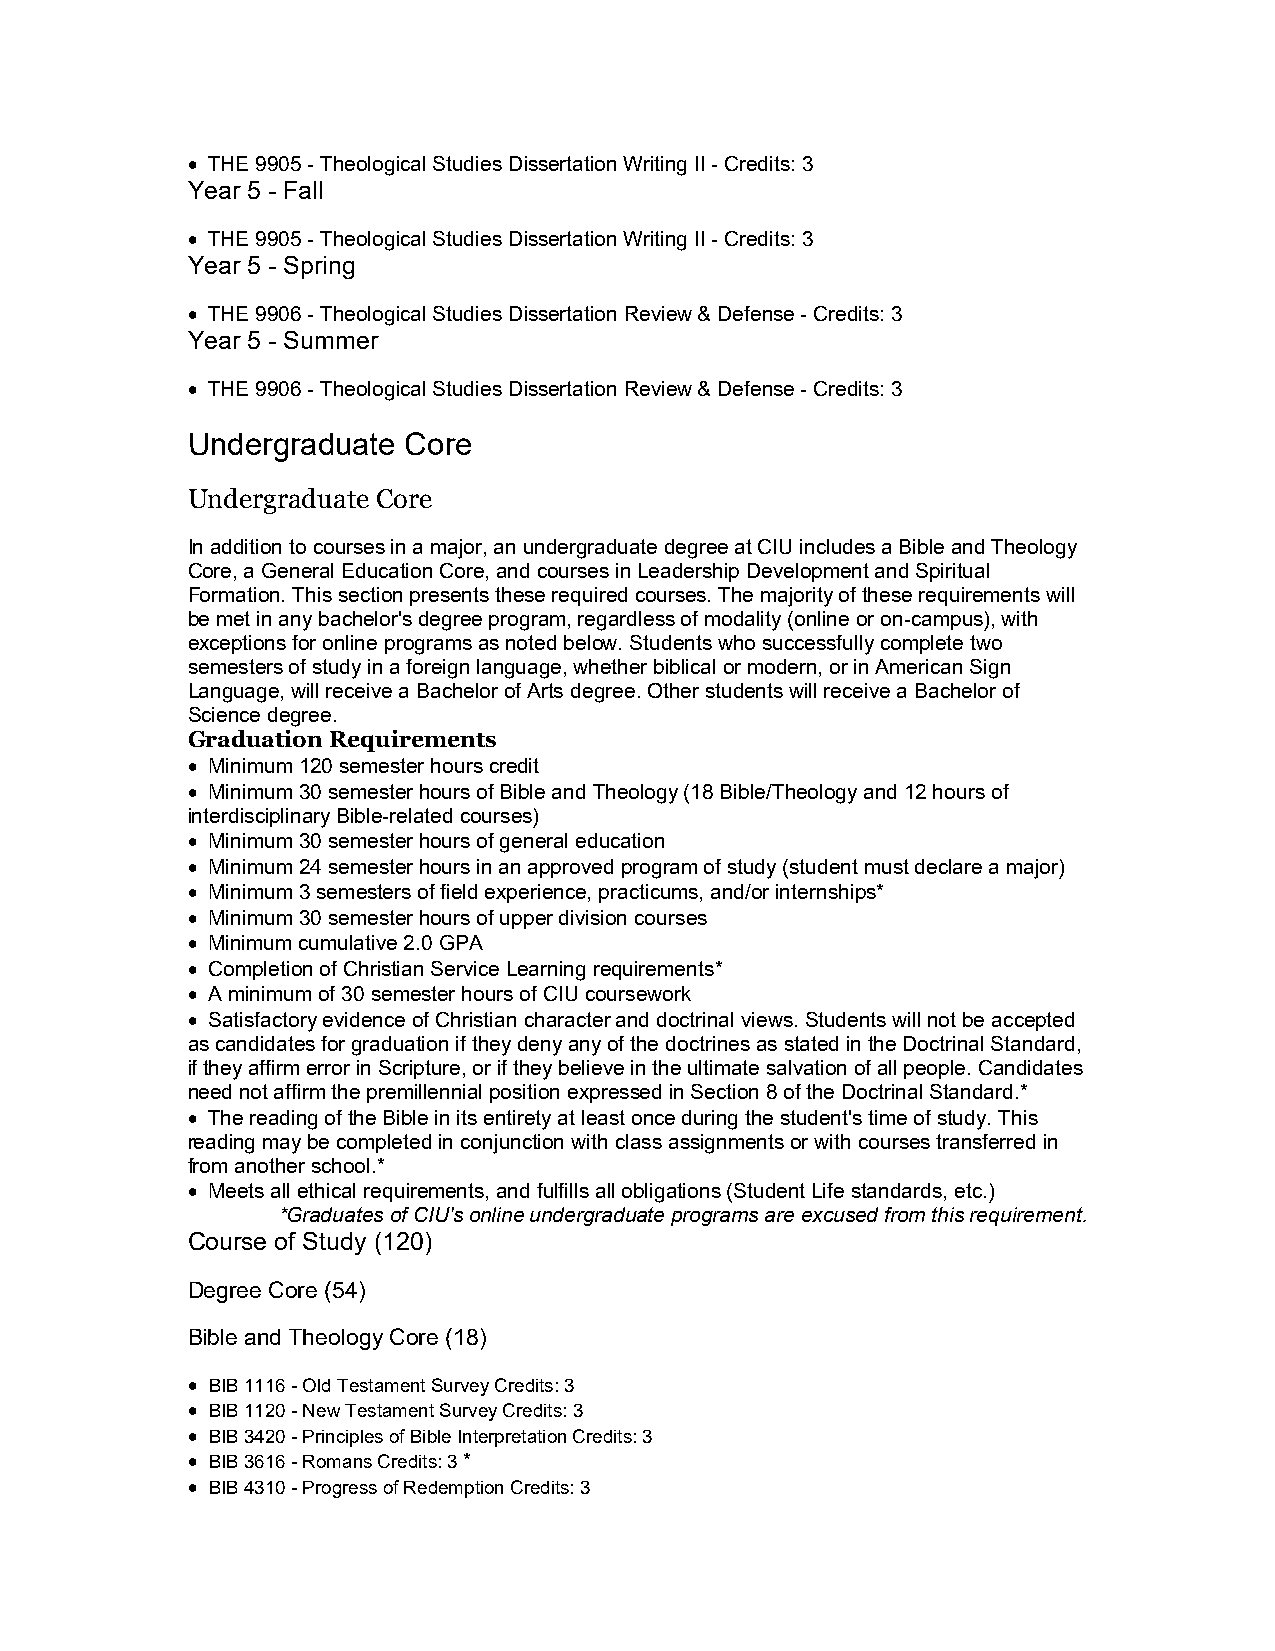
 THE 9905 - Theological Studies Dissertation Writing II - Credits: 3
 Year 5 - Fall
  THE 9905 - Theological Studies Dissertation Writing II - Credits: 3
 Year 5 - Spring
  THE 9906 - Theological Studies Dissertation Review & Defense - Credits: 3
 Year 5 - Summer
  THE 9906 - Theological Studies Dissertation Review & Defense - Credits: 3
 Undergraduate  Core
 Undergraduate Core
 In addition to courses in a major, an undergraduate degree at CIU includes a Bible and Theology
 Core, a General Education Core, and courses in Leadership Development and Spiritual
 Formation. This section presents these required courses. The majority of these requirements will
 be met in any bachelor's degree program, regardless of modality (online or on-campus), with
 exceptions for online programs as noted below. Students who successfully complete two
 semesters of study in a foreign language, whether biblical or modern, or in American Sign
 Language, will receive a Bachelor of Arts degree. Other students will receive a Bachelor of
 Science degree.
 Graduation Requirements
  Minimum 120 semester hours credit
  Minimum 30 semester hours of Bible and Theology (18 Bible/Theology and 12 hours of
 interdisciplinary Bible-related courses)
  Minimum 30 semester hours of general education
  Minimum 24 semester hours in an approved program of study (student must declare a major)
  Minimum 3 semesters of field experience, practicums, and/or internships*
  Minimum 30 semester hours of upper division courses
  Minimum cumulative 2.0 GPA
  Completion of Christian Service Learning requirements*
  A minimum of 30 semester hours of CIU coursework
  Satisfactory evidence of Christian character and doctrinal views. Students will not be accepted
 as candidates for graduation if they deny any of the doctrines as stated in the Doctrinal Standard,
 if they affirm error in Scripture, or if they believe in the ultimate salvation of all people. Candidates
 need not affirm the premillennial position expressed in Section 8 of the Doctrinal Standard.*
  The reading of the Bible in its entirety at least once during the student's time of study. This
 reading may be completed in conjunction with class assignments or with courses transferred in
 from another school.*
  Meets all ethical requirements, and fulfills all obligations (Student Life standards, etc.)
 *Graduates of CIU's online undergraduate programs are excused from this requirement.
 Course of Study (120)
 Degree Core (54)
 Bible and Theology Core (18)
  BIB 1116 - Old Testament Survey Credits: 3
  BIB 1120 - New Testament Survey Credits: 3
  BIB 3420 - Principles of Bible Interpretation Credits: 3
  BIB 3616 - Romans Credits: 3 *
  BIB 4310 - Progress of Redemption Credits: 3